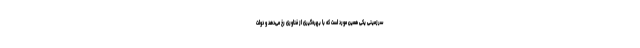
سرزمینی یکی همین مورد است که با بهره‌گیری از فناوری رخ می‌دهد و دولت